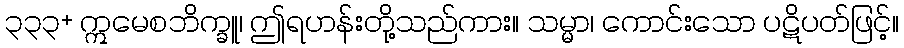
၃၃၃+ ဣမေစဘိက္ခူ၊ ဤရဟန်းတို့သည်ကား။ သမ္မာ၊ ကောင်းသော ပဋိပတ်ဖြင့်။